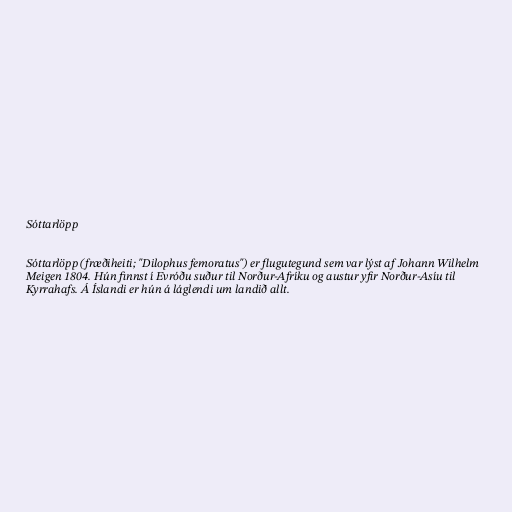
Sóttarlöpp

Sóttarlöpp (fræðiheiti; "Dilophus femoratus") er flugutegund sem var lýst af Johann Wilhelm
Meigen 1804. Hún finnst í Evróðu suður til Norður-Afríku og austur yfir Norður-Asíu til
Kyrrahafs. Á Íslandi er hún á láglendi um landið allt.